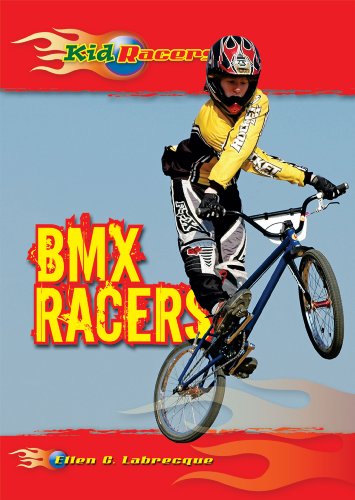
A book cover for BMX Racers (Kid Racers); Ellen C. Labrecque; Children's Books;